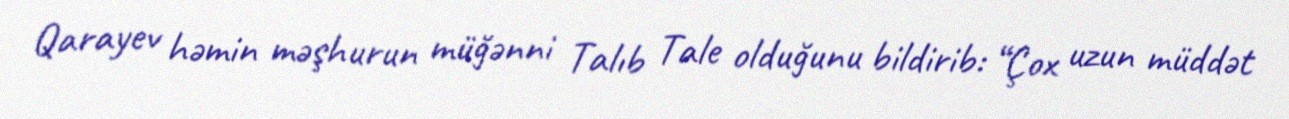
Qarayev həmin məşhurun müğənni Talıb Tale olduğunu bildirib: “Çox uzun müddət